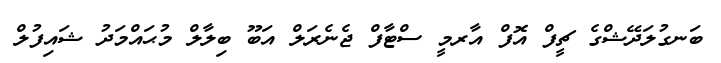
ބަނގުލަދޭޝްގެ ޗީފް އޮފް އާރމީ ސްޓާފް ޖެނެރަލް އަބޫ ބިލާލް މުޙައްމަދު ޝައިފުލް